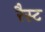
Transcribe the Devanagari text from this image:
रैस्ट